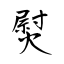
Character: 熨